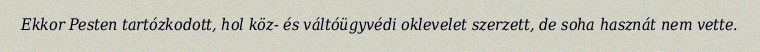
Ekkor Pesten tartózkodott, hol köz- és váltóügyvédi oklevelet szerzett, de soha hasznát nem vette.